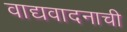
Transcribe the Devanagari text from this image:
वाद्यवादनाची